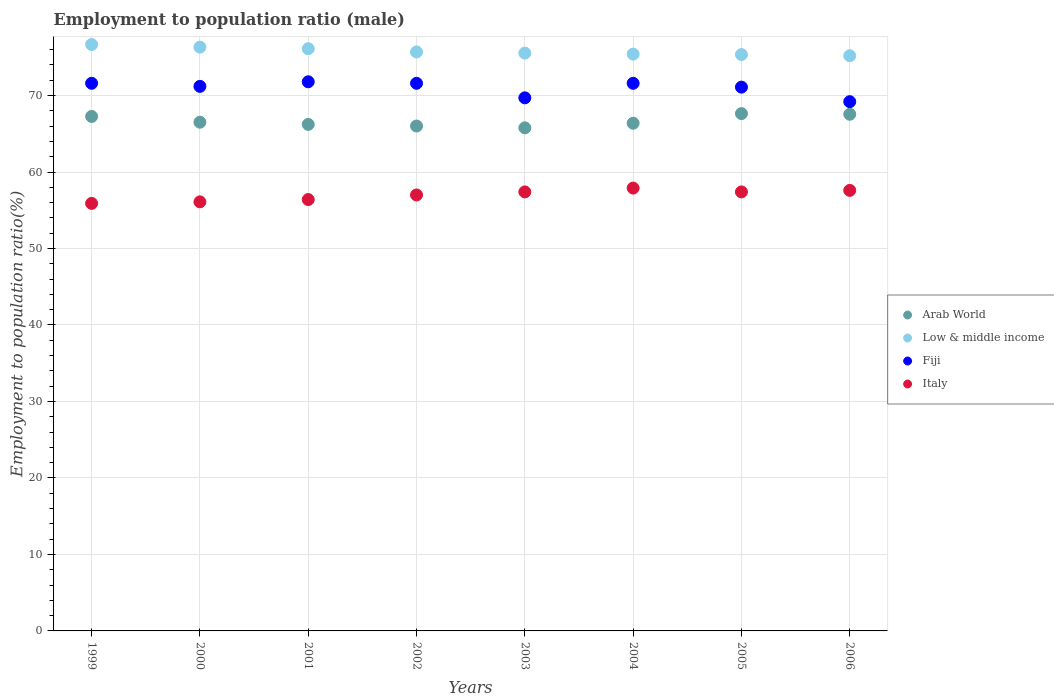
| Years | Arab World | Low & middle income | Fiji | Italy |
 | --- | --- | --- | --- | --- |
 | 1999 | 67.3 | 76.7 | 71.6 | 55.9 |
 | 2000 | 66.5 | 76.3 | 71.2 | 56.1 |
 | 2001 | 66.2 | 76.1 | 71.8 | 56.4 |
 | 2002 | 66 | 75.7 | 71.6 | 57 |
 | 2003 | 65.8 | 75.5 | 69.7 | 57.4 |
 | 2004 | 66.4 | 75.4 | 71.6 | 57.9 |
 | 2005 | 67.6 | 75.4 | 71.1 | 57.4 |
 | 2006 | 67.6 | 75.2 | 69.2 | 57.6 |